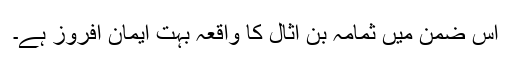
اس ضمن میں ثمامہ بن أثال کا واقعہ بہت ایمان افروز ہے۔